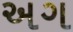
અગ